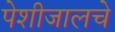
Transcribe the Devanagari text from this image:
पेशीजालचे